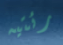
رئتيه